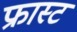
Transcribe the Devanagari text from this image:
फ्रास्ट